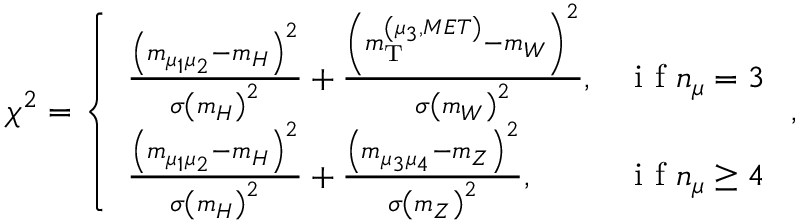
\chi ^ { 2 } = \left\{ \begin{array} { l l } { \frac { \left( m _ { \mu _ { 1 } \mu _ { 2 } } - m _ { H } \right) ^ { 2 } } { \sigma \left( m _ { H } \right) ^ { 2 } } + \frac { \left( m _ { \mathrm { T } } ^ { \left( \mu _ { 3 } , M E T \right) } - m _ { W } \right) ^ { 2 } } { \sigma \left( m _ { W } \right) ^ { 2 } } , } & { \mathrm { ~ i ~ f ~ } n _ { \mu } = 3 } \\ { \frac { \left( m _ { \mu _ { 1 } \mu _ { 2 } } - m _ { H } \right) ^ { 2 } } { \sigma \left( m _ { H } \right) ^ { 2 } } + \frac { \left( m _ { \mu _ { 3 } \mu _ { 4 } } - m _ { Z } \right) ^ { 2 } } { \sigma \left( m _ { Z } \right) ^ { 2 } } , } & { \mathrm { ~ i ~ f ~ } n _ { \mu } \geq 4 } \end{array} \right. ,